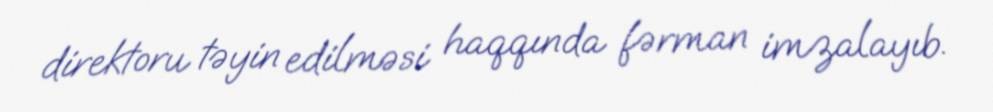
direktoru təyin edilməsi haqqında fərman imzalayıb.